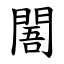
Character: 䦜